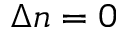
\Delta n = 0